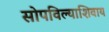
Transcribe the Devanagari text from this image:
सोपविल्याशिवाय